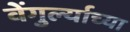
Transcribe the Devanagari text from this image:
वेंगुर्ल्याच्या